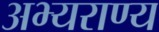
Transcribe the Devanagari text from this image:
अभ्‍यराण्‍य